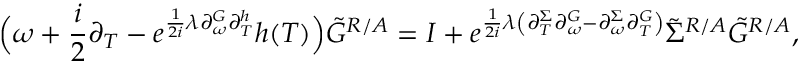
\Big ( \omega + \frac { i } { 2 } \partial _ { T } - e ^ { \frac { 1 } { 2 i } \lambda \partial _ { \omega } ^ { G } \partial _ { T } ^ { h } } h ( T ) \Big ) \tilde { G } ^ { R / A } = I + e ^ { \frac { 1 } { 2 i } \lambda \left( \partial _ { T } ^ { \Sigma } \partial _ { \omega } ^ { G } - \partial _ { \omega } ^ { \Sigma } \partial _ { T } ^ { G } \right) } \tilde { \Sigma } ^ { R / A } \tilde { G } ^ { R / A } ,